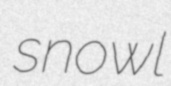
snowl